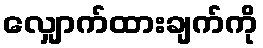
လျှောက်ထားချက်ကို